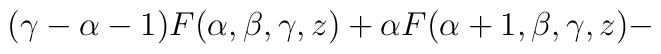
(\gamma -\alpha -1)F (\alpha , \beta , \gamma , z)+\alpha F (\alpha +1,\beta ,\gamma , z)-